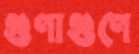
গুণাগুণে